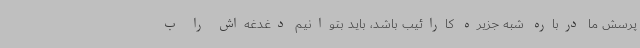
پرسش ما درباره شبه جزیره کارائیب باشد، باید بتوانیم دغدغه‌اش را ب